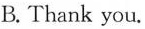
B.Thank you.